Scientific memoirs by medical officers of the Army of India - Part XII,
Year: 1901
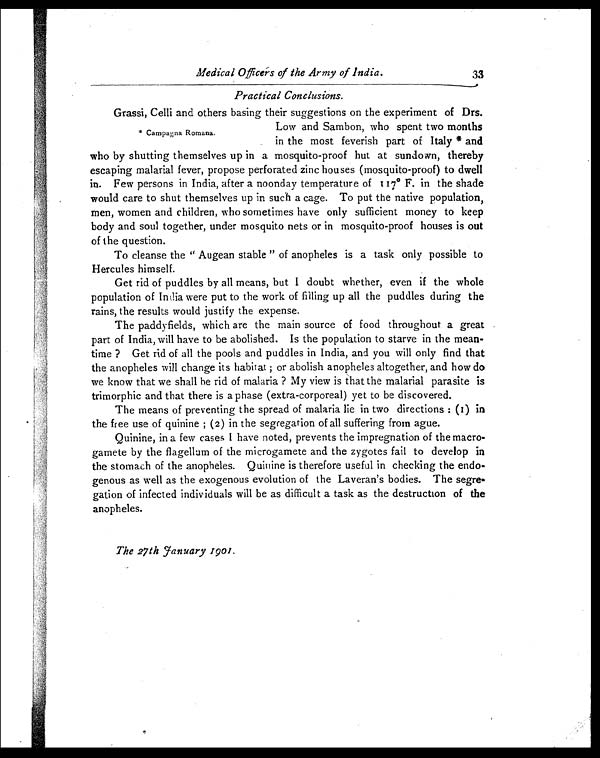
Medical Officers of the Army of India.
33
Practical Conclusions.
Grassi, Celli and others basing their suggestions on the experiment of Drs.
* Campagna Romana.
Low and Sambon, who spent two months
in the most feverish part of Italy * and
who by shutting themselves up in a mosquito-proof hut at sundown, thereby
escaping malarial fever, propose perforated zinc houses (mosquito-proof) to dwell
in. Few persons in India, after a noonday temperature of 117º F. in the shade
would care to shut themselves up in such a cage. To put the native population,
men, women and children, who sometimes have only sufficient money to keep
body and soul together, under mosquito nets or in mosquito-proof houses is out
of the question.
To cleanse the " Augean stable " of anopheles is a task only possible to
Hercules himself.
Get rid of puddles by all means, but I doubt whether, even if the whole
population of India were put to the work of filling up all the puddles during the
rains, the results would justify the expense.
The paddyfields, which are the main source of food throughout a great
part of India, will have to be abolished. Is the population to starve in the mean-
time ? Get rid of all the pools and puddles in India, and you will only find that
the anopheles will change its habitat ; or abolish anopheles altogether, and how do
we know that we shall be rid of malaria ? My view is that the malarial parasite is
trimorphic and that there is a phase (extra-corporeal) yet to be discovered.
The means of preventing the spread of malaria lie in two directions : (1) in
the free use of quinine ; (2) in the segregation of all suffering from ague.
Quinine, in a few cases I have noted, prevents the impregnation of the macro-
gamete by the flagellum of the microgamete and the zygotes fail to develop in
the stomach of the anopheles. Quinine is therefore useful in checking the endo-
genous as well as the exogenous evolution of the Laveran's bodies. The segre-
gation of infected individuals will be as difficult a task as the destruction of the
anopheles.
The 27th January 1901.